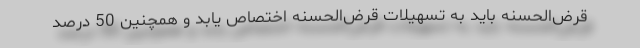
قرض‌الحسنه باید به تسهیلات قرض‌الحسنه اختصاص یابد و همچنین 50 درصد